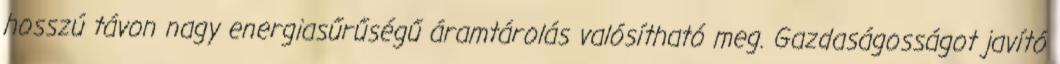
hosszú távon nagy energiasűrűségű áramtárolás valósítható meg. Gazdaságosságot javító